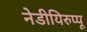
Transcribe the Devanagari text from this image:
नेडीयिरुप्पू